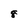
Character: 8